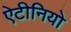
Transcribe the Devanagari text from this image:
ऐटीनियो